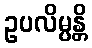
ဥပလိမ္ပန္တိ